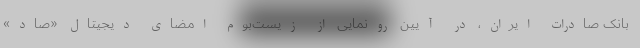
بانک صادرات ایران، در آیین رونمایی از زیست‌بوم امضای دیجیتال «صاد»